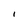
Character: I